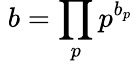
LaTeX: \; b=\prod_{p}p^{b_{p}}